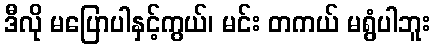
ဒီလို မပြောပါနှင့်ကွယ်၊ မင်း တကယ် မရွံပါဘူး